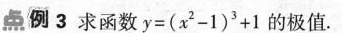
点例3 求函数$$y = ( x _ { 2 } - 1 ) ^ { 3 } + 1$$的极值。